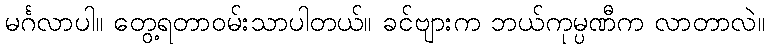
မင်္ဂလာပါ။ တွေ့ရတာဝမ်းသာပါတယ်။ ခင်ဗျားက ဘယ်ကုမ္ပဏီက လာတာလဲ။